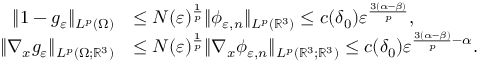
\begin{array} { r l } { \| 1 - g _ { \varepsilon } \| _ { L ^ { p } ( \Omega ) } } & { \leq N ( \varepsilon ) ^ { \frac { 1 } { p } } \| \phi _ { \varepsilon , n } \| _ { L ^ { p } ( \mathbb { R } ^ { 3 } ) } \leq c ( \delta _ { 0 } ) \varepsilon ^ { \frac { 3 ( \alpha - \beta ) } { p } } , } \\ { \| \nabla _ { x } g _ { \varepsilon } \| _ { L ^ { p } ( \Omega ; \mathbb { R } ^ { 3 } ) } } & { \leq N ( \varepsilon ) ^ { \frac { 1 } { p } } \| \nabla _ { x } \phi _ { \varepsilon , n } \| _ { L ^ { p } ( \mathbb { R } ^ { 3 } ; \mathbb { R } ^ { 3 } ) } \leq c ( \delta _ { 0 } ) \varepsilon ^ { \frac { 3 ( \alpha - \beta ) } { p } - \alpha } . } \end{array}